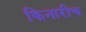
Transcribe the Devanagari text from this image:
किनारीच